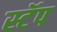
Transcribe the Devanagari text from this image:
स्टॅप